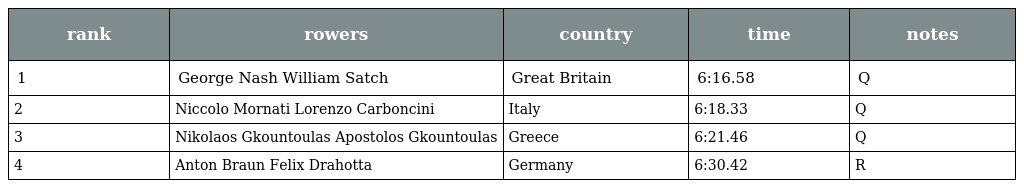
| rank | rowers | country | time | notes |
 | --- | --- | --- | --- | --- |
 | 1 | George Nash William Satch | Great Britain | 6:16.58 | Q |
 | 2 | Niccolo Mornati Lorenzo Carboncini | Italy | 6:18.33 | Q |
 | 3 | Nikolaos Gkountoulas Apostolos Gkountoulas | Greece | 6:21.46 | Q |
 | 4 | Anton Braun Felix Drahotta | Germany | 6:30.42 | R |